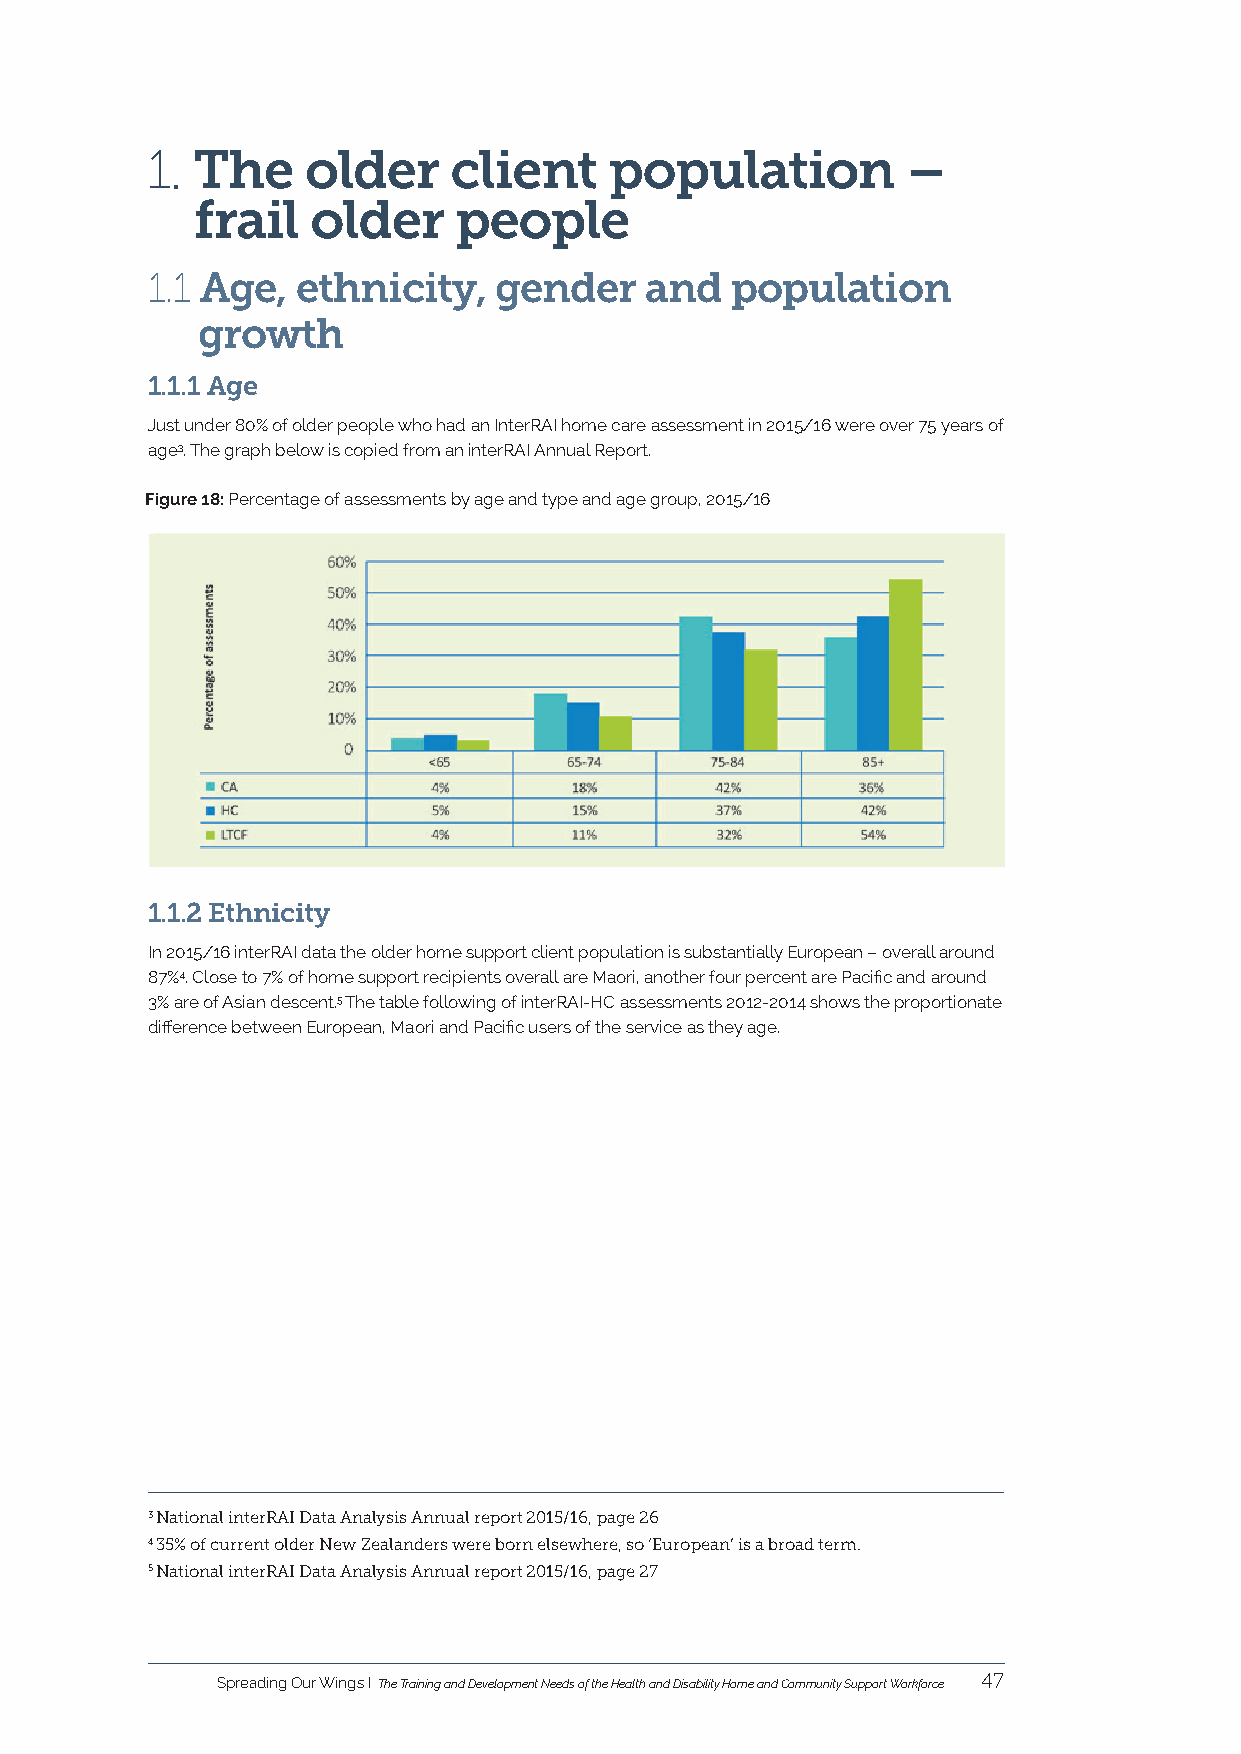
1. The    older     client    population          –
 frail   older    people
 1.1 Age,  ethnicity,   gender    and  population
 growth
 1.1.1 Age
 Just under 80% of older people who had an InterRAI home care assessment in 2015/16 were over 75 years of
 age3. The graph below is copied from an interRAI Annual Report.
 Figure 18: Percentage of assessments by age and type and age group, 2015/16
 1.1.2 Ethnicity
 In 2015/16 interRAI data the older home support client population is substantially European – overall around
 87%4. Close to 7% of home support recipients overall are Maori, another four percent are Pacific and around
 3% are of Asian descent.5 The table following of interRAI-HC assessments 2012-2014 shows the proportionate
 difference between European, Maori and Pacific users of the service as they age.
 3 National interRAI Data Analysis Annual report 2015/16, page 26
 4 35% of current older New Zealanders were born elsewhere, so ‘European’ is a broad term.
 5 National interRAI Data Analysis Annual report 2015/16, page 27
 Spreading Our Wings I The Training and Development Needs of the Health and Disability Home and Community Support Workforce 47